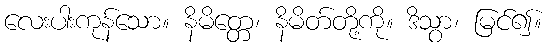
လေးပါးကုန်သော။ နိမိတ္တေ၊ နိမိတ်တို့ကို။ ဒိသွာ၊ မြင်၍။